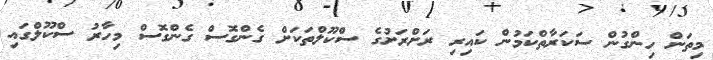
މިތަން ހިންގުން ސަކަރާތްކަމުން ކައިރި ރަށްރަށުގެ ސްކޫލްތަކަށް ގެންގޮސް ގެންގޮސް މިހާރު ސްކޫލްގައި